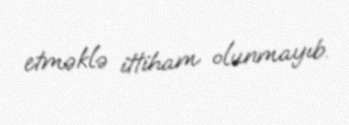
etməklə ittiham olunmayıb.